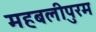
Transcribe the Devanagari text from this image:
महबलीपुरम